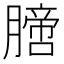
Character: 膪